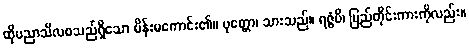
ထိုပညာသီလစသည်ရှိသော မိန်းမကောင်း၏။ ပုတ္တော၊ သားသည်။ ရဇ္ဇံပိ၊ ပြည်တိုင်းကားကိုလည်း။